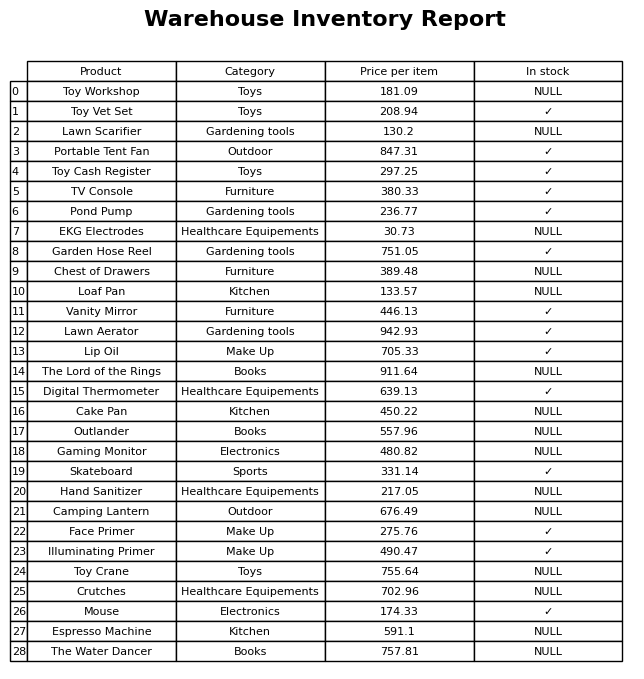
question: Which products are available in stock?
answer: Toy Vet Set, Portable Tent Fan, Toy Cash Register, TV Console, Pond Pump, Garden Hose Reel, Vanity Mirror, Lawn Aerator, Lip Oil, Digital Thermometer, Skateboard, Face Primer, Illuminating Primer, Mouse